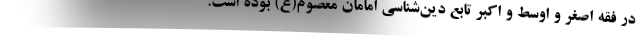
در فقه اصغر و اوسط و اکبر تابع دین‌شناسی امامان معصوم(ع) بوده است.